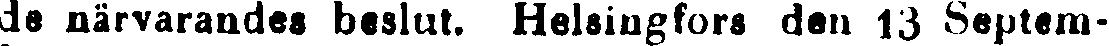
de närvarandes beslut. Helsingfors den 13 Septem-